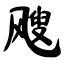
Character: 飕